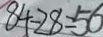
8 4 - 2 8 = 5 6